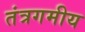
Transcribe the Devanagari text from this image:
तंत्रगमीय